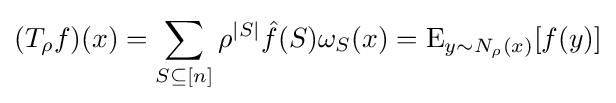
(T_{\rho }f)(x)=\sum _{S\subseteq [n]}\rho ^{|S|}{\hat {f}}(S)\omega _{S}(x)=\operatorname {E} _{y\sim N_{\rho }(x)}[f(y)]